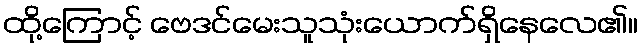
ထို့ကြောင့် ဗေဒင်မေးသူသုံးယောက်ရှိနေလေ၏။